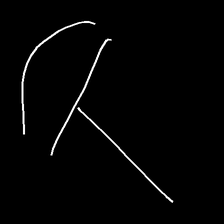
Glyph: dispersion